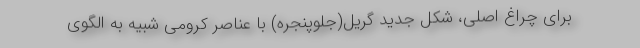
برای چراغ اصلی، شکل جدید گریل(جلوپنجره) با عناصر کرومی شبیه به الگوی